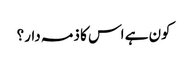
کون ہے اس کا ذمہ دار؟